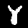
Label: 8